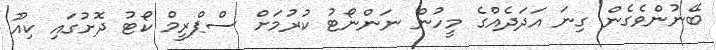
ބޭނުންވެގެން ގިނަ އަދަދެއްގެ މީހުން ނަންނޯޓު ކުރުމަށް ސްޕްރީމް ކޯޓު ދޮށުގައި ކިއޫ